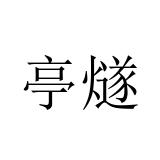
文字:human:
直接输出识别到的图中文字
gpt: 亭燧